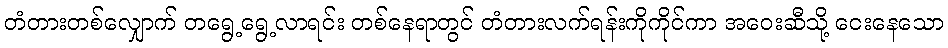
တံတားတစ်လျှောက် တရွေ့ရွေ့လာရင်း တစ်နေရာတွင် တံတားလက်ရန်းကိုကိုင်ကာ အဝေးဆီသို့ ငေးနေသော